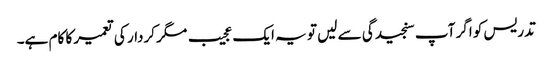
تدریس کو اگر آپ سنجیدگی سے لیں تو یہ ایک عجیب مگر کردار کی تعمیر کا کام ہے۔